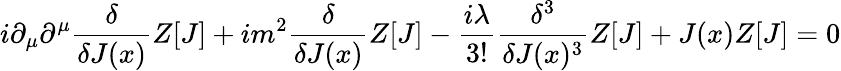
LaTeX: i\partial_{\mu}\partial^{\mu}{\frac{\delta}{\delta J(x)}}Z[J]+im^{2}{\frac{\delta}{\delta J(x)}}Z[J]-{\frac{i\lambda}{3!}}{\frac{\delta^{3}}{\delta J(x)^{3}}}Z[J]+J(x)Z[J]=0